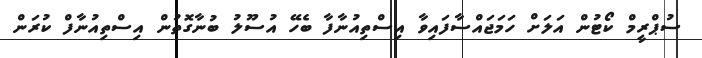
ސުޕްރީމް ކޯޓުން އަލަށް ހަމަޖައްސާފައިވާ އިސްތިއުނާފާ ބެހޭ އުސޫލު ބުނާގޮތުން އިސްތިއުނާފް ކުރަން